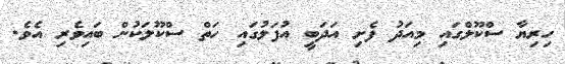
ހިރިޔާ ސްކޫލްގައި މިއަދު ފެށި އަދަބީ އުފަލުގައި ހަތް ސްކޫލަކުން ބައިވެރި އެވެ.